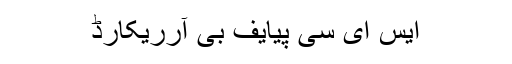
ایس ای سی پیایف بی آرریکارڈ